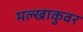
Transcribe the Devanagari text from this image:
मल्खाकुवर